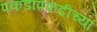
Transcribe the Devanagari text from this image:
पकडापकडीच्या